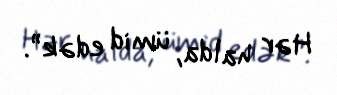
Hər halda, ümid edək”.